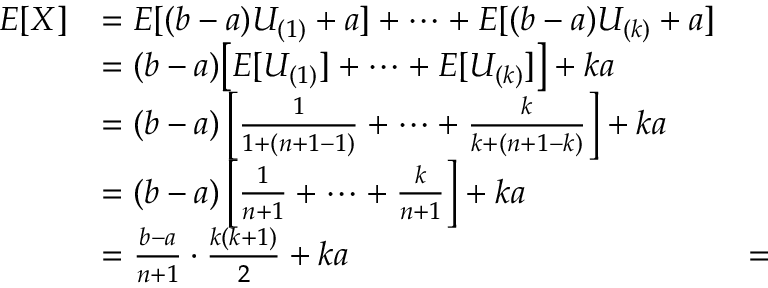
\begin{array} { r l r } { E [ X ] } & { = E [ ( b - a ) U _ { ( 1 ) } + a ] + \dotsb + E [ ( b - a ) U _ { ( k ) } + a ] } \\ & { = ( b - a ) \big [ E [ U _ { ( 1 ) } ] + \cdots + E [ U _ { ( k ) } ] \big ] + k a } \\ & { = ( b - a ) \left[ \frac { 1 } { 1 + ( n + 1 - 1 ) } + \dotsb + \frac { k } { k + ( n + 1 - k ) } \right] + k a } \\ & { = ( b - a ) \left[ \frac { 1 } { n + 1 } + \dotsb + \frac { k } { n + 1 } \right] + k a } \\ & { = \frac { b - a } { n + 1 } \cdot \frac { k ( k + 1 ) } { 2 } + k a } & { = } \end{array}